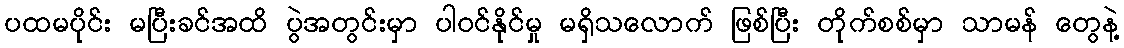
ပထမပိုင်း မပြီးခင်အထိ ပွဲအတွင်းမှာ ပါဝင်နိုင်မှု မရှိသလောက် ဖြစ်ပြီး တိုက်စစ်မှာ သာမန် တွေနဲ့